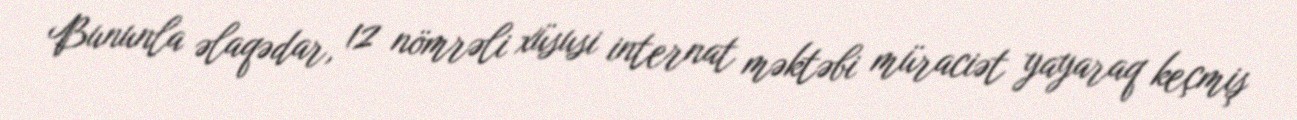
Bununla əlaqədar, 12 nömrəli xüsusi internat məktəbi müraciət yayaraq keçmiş